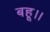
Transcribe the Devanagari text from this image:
बहू।।